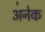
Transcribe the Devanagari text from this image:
अ॑नेक